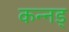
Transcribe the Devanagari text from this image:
कन्नड्